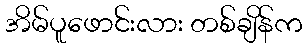
အိမ်ပူဖောင်းလား တစ်ချိန်က